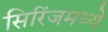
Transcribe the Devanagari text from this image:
सिरिंजमध्ये